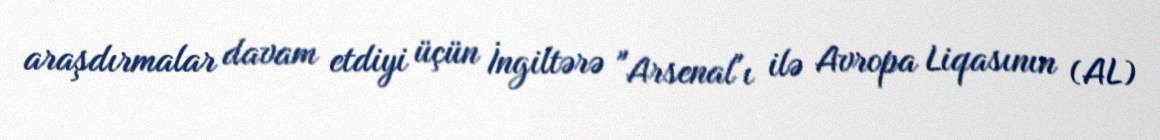
araşdırmalar davam etdiyi üçün İngiltərə "Arsenal"ı ilə Avropa Liqasının (AL)